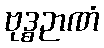
ဗုဒ္ဓဉာဏံ